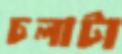
চলাটা